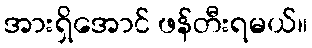
အားရှိအောင် ဖန်တီးရမယ်။